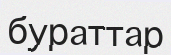
бураттар